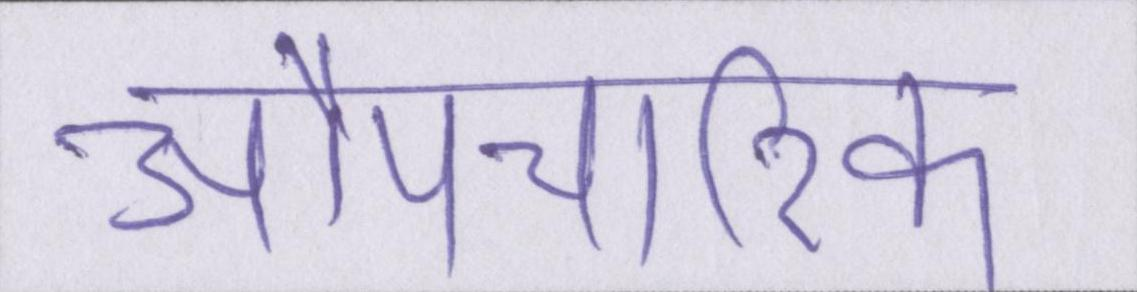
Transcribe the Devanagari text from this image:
औपचारिक